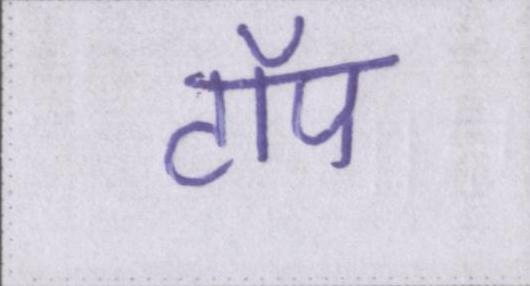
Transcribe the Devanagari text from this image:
टॉप